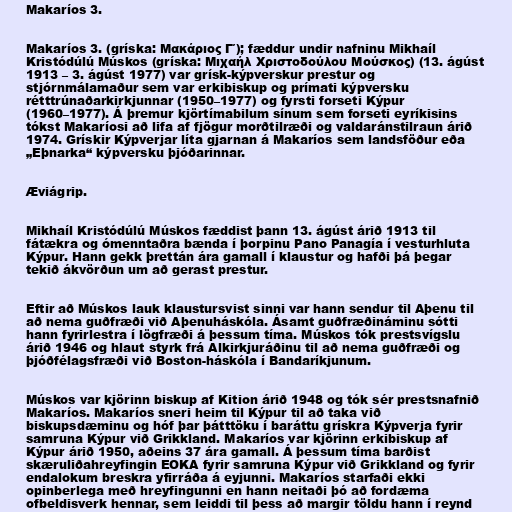
Makaríos 3.

Makaríos 3. (gríska: Μακάριος Γ΄); fæddur undir nafninu Mikhaíl
Kristódúlú Múskos (gríska: Μιχαήλ Χριστοδούλου Μούσκος) (13. ágúst
1913 – 3. ágúst 1977) var grísk-kýpverskur prestur og
stjórnmálamaður sem var erkibiskup og prímati kýpversku
rétttrúnaðarkirkjunnar (1950–1977) og fyrsti forseti Kýpur
(1960–1977). Á þremur kjörtímabilum sínum sem forseti eyríkisins
tókst Makaríosi að lifa af fjögur morðtilræði og valdaránstilraun árið
1974. Grískir Kýpverjar líta gjarnan á Makaríos sem landsföður eða
„Eþnarka“ kýpversku þjóðarinnar.

Æviágrip.

Mikhaíl Kristódúlú Múskos fæddist þann 13. ágúst árið 1913 til
fátækra og ómenntaðra bænda í þorpinu Pano Panagía í vesturhluta
Kýpur. Hann gekk þrettán ára gamall í klaustur og hafði þá þegar
tekið ákvörðun um að gerast prestur.

Eftir að Múskos lauk klaustursvist sinni var hann sendur til Aþenu til
að nema guðfræði við Aþenuháskóla. Ásamt guðfræðináminu sótti
hann fyrirlestra í lögfræði á þessum tíma. Múskos tók prestsvígslu
árið 1946 og hlaut styrk frá Alkirkjuráðinu til að nema guðfræði og
þjóðfélagsfræði við Boston-háskóla í Bandaríkjunum.

Múskos var kjörinn biskup af Kition árið 1948 og tók sér prestsnafnið
Makaríos. Makaríos sneri heim til Kýpur til að taka við
biskupsdæminu og hóf þar þátttöku í baráttu grískra Kýpverja fyrir
samruna Kýpur við Grikkland. Makaríos var kjörinn erkibiskup af
Kýpur árið 1950, aðeins 37 ára gamall. Á þessum tíma barðist
skæruliðahreyfingin EOKA fyrir samruna Kýpur við Grikkland og fyrir
endalokum breskra yfirráða á eyjunni. Makaríos starfaði ekki
opinberlega með hreyfingunni en hann neitaði þó að fordæma
ofbeldisverk hennar, sem leiddi til þess að margir töldu hann í reynd